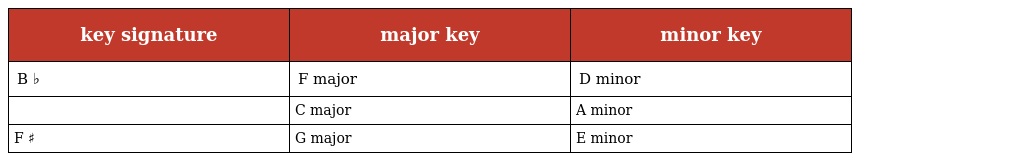
| key signature | major key | minor key |
 | --- | --- | --- |
 | B ♭ | F major | D minor |
 |  | C major | A minor |
 | F ♯ | G major | E minor |